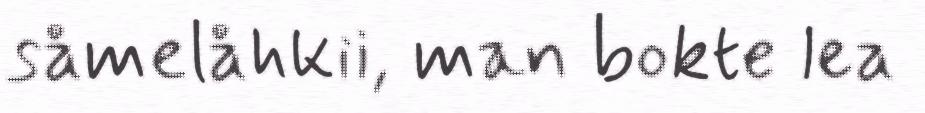
såmelåhkii, man bokte lea